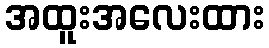
အထူးအလေးထား